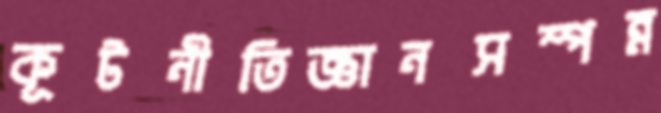
কূটনীতিজ্ঞানসম্পন্ন